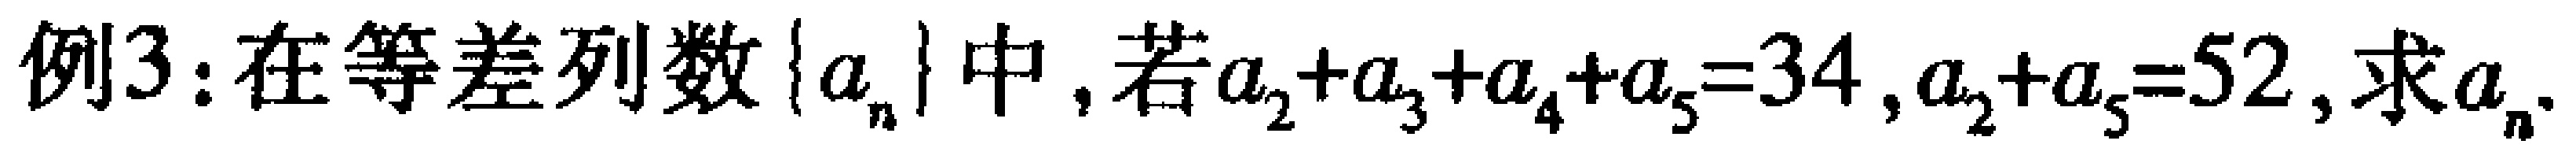
例3：在等差列数\(\{a_{n}\}\)中，若\(a_{2}+a_{3}+a_{4}+a_{5}=34,a_{2}+a_{5}=52\)，求\(a_{n}\).